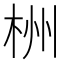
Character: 栦